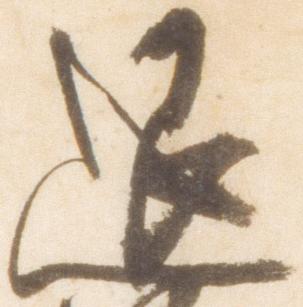
退